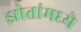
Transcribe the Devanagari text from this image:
झोतांमध्ये